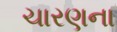
ચારણના